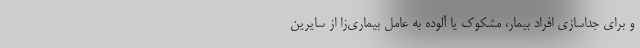
و برای جداسازی افراد بیمار، مشکوک یا آلوده به عامل بیماری‌زا از سایرین